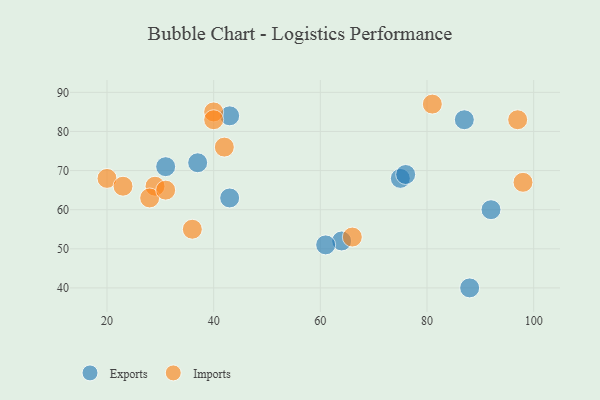
{"axis": {"x": "GDP", "y": "Life Expectancy"}, "legend": ["Exports", "Imports"], "data": [{"x": "43", "y": 84, "type": "Exports"}, {"x": "87", "y": 83, "type": "Exports"}, {"x": "88", "y": 40, "type": "Exports"}, {"x": "31", "y": 71, "type": "Exports"}, {"x": "64", "y": 52, "type": "Exports"}, {"x": "75", "y": 68, "type": "Exports"}, {"x": "92", "y": 60, "type": "Exports"}, {"x": "37", "y": 72, "type": "Exports"}, {"x": "76", "y": 69, "type": "Exports"}, {"x": "43", "y": 63, "type": "Exports"}, {"x": "61", "y": 51, "type": "Exports"}, {"x": "97", "y": 83, "type": "Imports"}, {"x": "20", "y": 68, "type": "Imports"}, {"x": "42", "y": 76, "type": "Imports"}, {"x": "36", "y": 55, "type": "Imports"}, {"x": "29", "y": 66, "type": "Imports"}, {"x": "98", "y": 67, "type": "Imports"}, {"x": "81", "y": 87, "type": "Imports"}, {"x": "23", "y": 66, "type": "Imports"}, {"x": "40", "y": 85, "type": "Imports"}, {"x": "40", "y": 83, "type": "Imports"}, {"x": "28", "y": 63, "type": "Imports"}, {"x": "31", "y": 65, "type": "Imports"}, {"x": "66", "y": 53, "type": "Imports"}]}